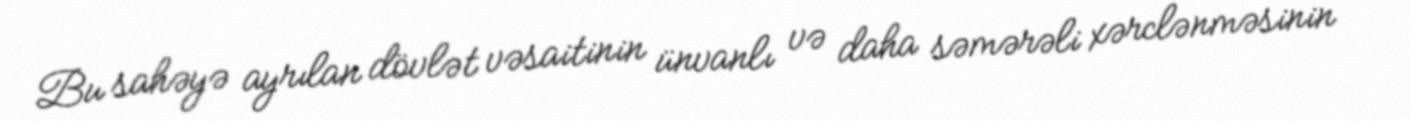
Bu sahəyə ayrılan dövlət vəsaitinin ünvanlı və daha səmərəli xərclənməsinin